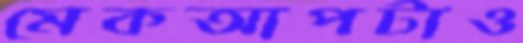
মেকআপটাও